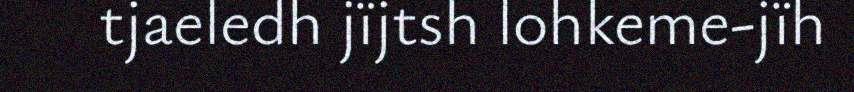
tjaeledh jïjtsh lohkeme-jïh